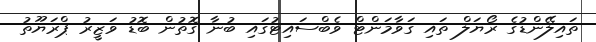
ތައިލޭންޑުގެ ރޯޔަލް ތައި ގަވާމަންޓް ވެބްސައިޓުގައި ބުނާ ގޮތުން ބޮޑު ވަޒީރު ޕްރަޔޫތު